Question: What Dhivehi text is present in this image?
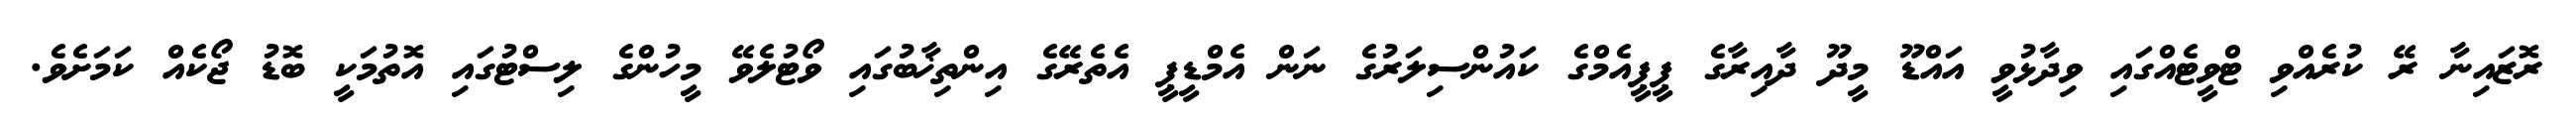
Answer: ރޮޒައިނާ ރޭ ކުރެއްވި ޓްވީޓެއްގައި ވިދާޅުވީ އައްޑޫ މީދޫ ދާއިރާގެ ޕީޕީއެމްގެ ކައުންސިލަރުގެ ނަން އެމްޑީޕީ އެތެރޭގެ އިންތިޚާބުގައި ވޯޓުލެވޭ މީހުންގެ ލިސްޓުގައި އޮތުމަކީ ބޮޑު ޖޯކެއް ކަމަށެވެ.